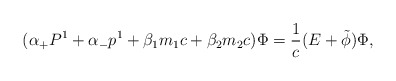
\begin{align*}({\alpha}_{+} P^1 + {\alpha}_{-} p^1+ {\beta}_1 m_1 c + {\beta}_2 m_2 c ) {\Phi} =\frac{1}{c} (E+\tilde{\phi}) {\Phi},\end{align*}